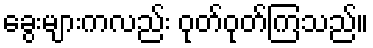
ခွေးများကလည်း ဝုတ်ဝုတ်ကြသည်။